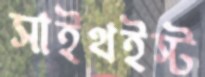
সাইথইস্ট